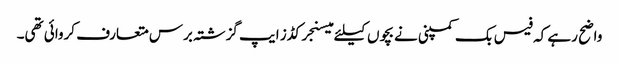
واضح رہے کہ فیس بک کمپنی نے بچوں کیلئے میسنجر کڈز ایپ گزشتہ برس متعارف کروائی تھی۔